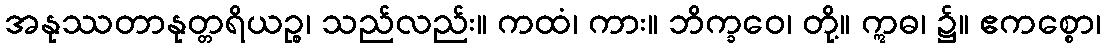
အနုဿတာနုတ္တရိယဉ္စ၊ သည်လည်း။ ကထံ၊ ကား။ ဘိက္ခဝေ၊ တို့။ ဣဓ၊ ၌။ ဧကစ္စော၊